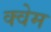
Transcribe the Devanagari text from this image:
क्वेम